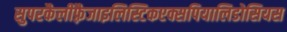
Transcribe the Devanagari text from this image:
सुपरकैलीफ़्रैजाइलिस्टिकएक्सपियालिडोसियस